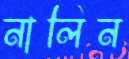
নালিন